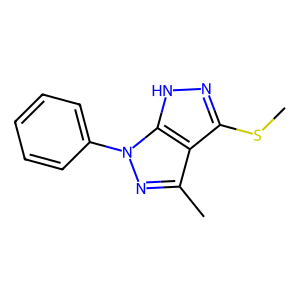
SMILES: CSc1n[nH]c2c1c(C)nn2-c1ccccc1
Inhibits HIV replication: No